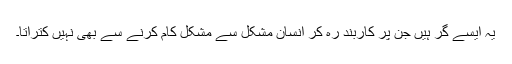
یہ ایسے گُر ہیں جن پر کاربند رہ کر انسان مشکل سے مشکل کام کرنے سے بھی نہیں کتراتا۔